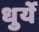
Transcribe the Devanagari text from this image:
धुर्ये